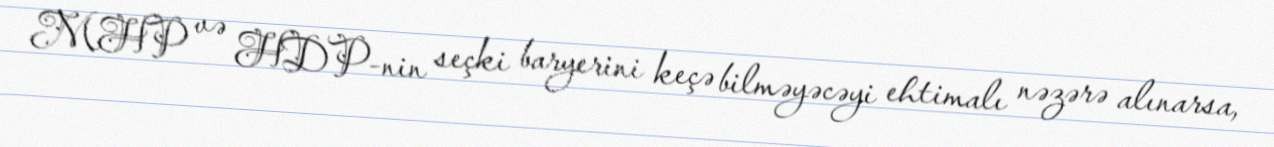
MHP və HDP-nin seçki baryerini keçə bilməyəcəyi ehtimalı nəzərə alınarsa,